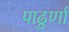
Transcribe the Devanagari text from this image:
पाढुर्णा